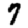
Digit: 7